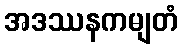
အဒဿနကမျတံ